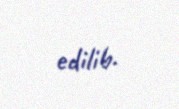
edilib.